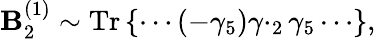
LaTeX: {\cal\mathbf{B}}_{2}^{(1)}\sim\mathrm{{Tr}}\left\{ \cdots(-\gamma_{5})\gamma\cdotp_{2}\gamma_{5}\cdots\right\} ,